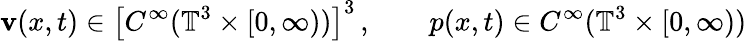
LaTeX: \mathbf{v}(x,t)\in\left[C^{\infty}(\mathbb{T}^{3}\times[0,\infty))\right]^{3}\, ,\qquad p(x,t)\in C^{\infty}(\mathbb{T}^{3}\times[0,\infty))